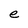
Character: e